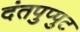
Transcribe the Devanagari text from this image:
दंतपुप्पुट